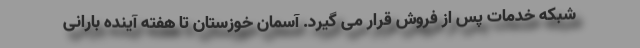
شبکه خدمات پس از فروش قرار می گیرد. آسمان خوزستان تا هفته آینده بارانی